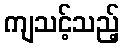
ကျသင့်သည့်